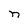
Character: n